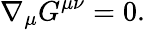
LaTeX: \nabla_{\mu}G^{\mu\nu}=0.